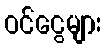
ဝင်ငွေများ